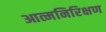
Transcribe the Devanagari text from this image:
आत्मनिरिक्षण